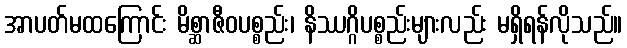
အာပတ်မထကြောင်း မိစ္ဆာဇီဝပစ္စည်း၊ နိဿဂ္ဂိပစ္စည်းများလည်း မရှိရန်လိုသည်။